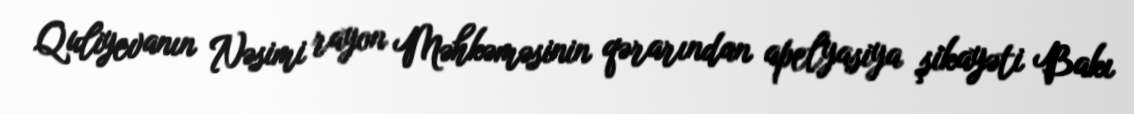
Quliyevanın Nəsimi rayon Məhkəməsinin qərarından apelyasiya şikayəti Bakı